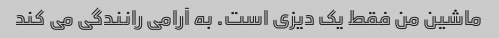
ماشین من فقط یک دیزی است. به آرامی رانندگی می کند